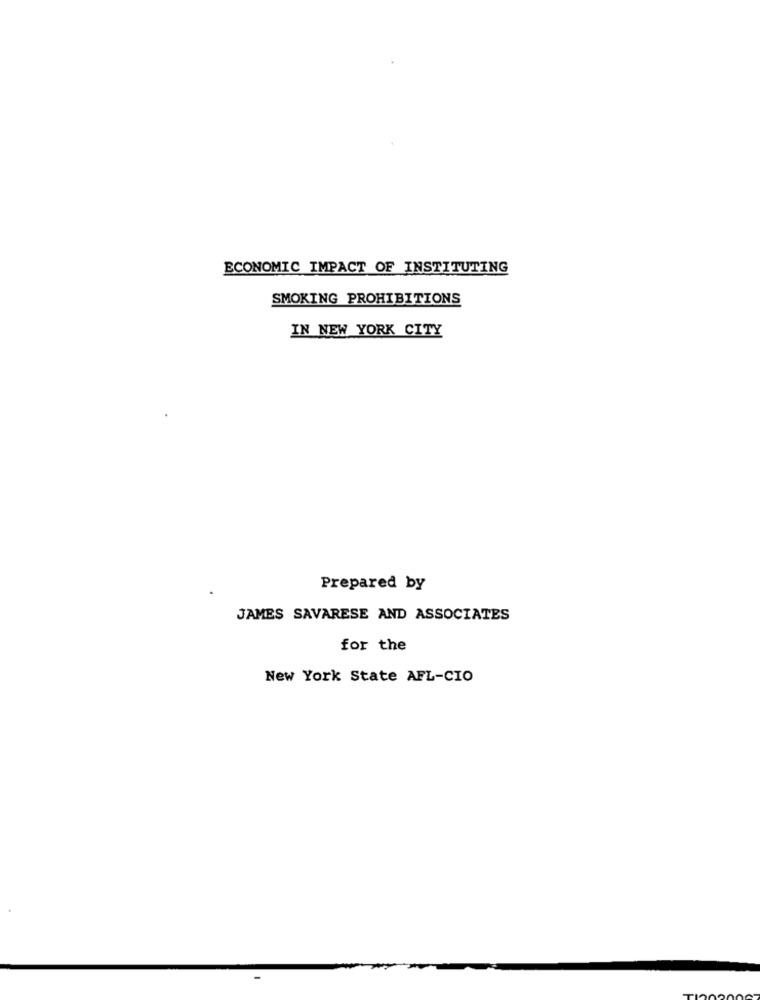
ECONOMIC IMPACT OF INSTITUTING
SMOKING PROHIBITIONS
IN NEW YORK CITY
Prepared by
JAMES SAVARESE AND ASSOCIATES
for the
New York State AFL-CIO